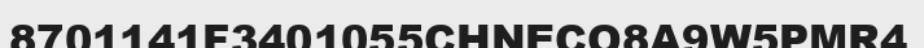
8701141F3401055CHNECO8A9W5PMR4